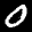
Label: 0